Statistical return of the lunatic asylum in Assam - 1912-1932
Year: 1912
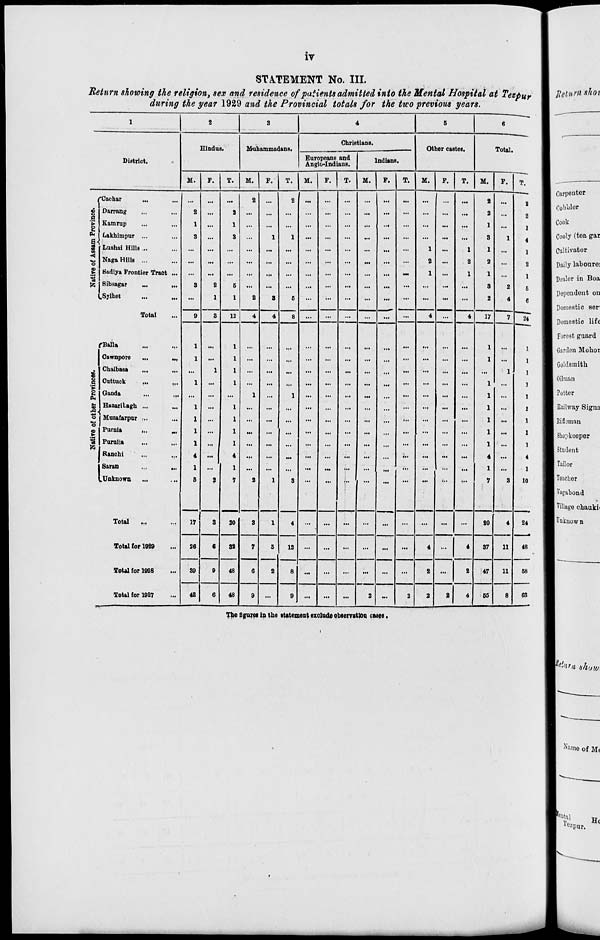
IV
STATEMENT No. III.
Return showing the religion, sex and residence of patients admitted into the Mental Hospital at Tezpur
during the year 1929 and the Provincial totals for the two previous years.
1
2
1 3
4
5
6
Hindue .
Muhammadans.
Christians.
Other castes.
Total.
District.
Europeans and
Anglo-Indiana.
Indians.
1
1
1
1
1
1
M.
F.
*J «. | I. T. M. F. T. M. F. T. M. F. T. M. F. T.
i 'Cachar
...
...
...
2
...
2
...
...
...
...
...
...
...
...
...
2
...
2
I
2
1'
Darrang
Kamrnp
Lakhimpur ...
Lushai Hills ...
2
1
3
...
2
1
3
...
1
1
...
...
...
...
...
...
1
...
1
2
1
3
1
1
2
1
4
1
<
o Naga Hills ...
...
...
...
...
...
...
...
...
...
...
...
...
%
...
2
2
...
2
1 Badiya Frontier Tract ... ... ... ... ... ... ... ... ... ... ... ... ... 1 ...
1
1
...
I
S5 Sibsagar
S
2
5
...
...
...
...
...
...
...
...
...
...
...
...
3
2
5
w Sjlhet
...
1
1
2
8
6
...
...
...
...
...
...
...
...
...
2
4
6
Total
9
3
12
4
4
8
...
...
...
...
...
...
4
...
4
17
7
24
TBalla
1
1
1
Cawnpore
...
.„
1
...
...
...
,,,
...
...
...
...
...
...
...
...
...
1
...
1
S
e
Chaibaaa
...
1
...
...
...
...
...
...
...
...
...
...
...
...
...
1
1
Cuttuck
,..
...
1
...
...
...
■••
...
...
...
...
...
...
...
...
...
1
...
1
Ganda
...
...
...
1
...
1
...
...
...
...
...
...
...
...
...
1
...
1
Hazarilagh ...
Mnzafarpar ...
1
...
...
...
...
...
...
...
...
...
...
...
1
...
1
o
1
...
...
...
...
...
...
...
...
...
...
...
...
1
...
1
Purnla
1
...
...
...
...
...
...
...
...
...
...
...
...
1
...
1
s
13
Puruiia
1
...
...
...
...
...
...
...
...
...
...
...
...
1
...
1
Ranchi
■
4
...
...
...
...
...
...
...
...
...
...
...
...
...
4
...
4
1 Saran
...
.„
1
>
...
...
...
...
.«
...
...
...
...
...
...
...
1
...
1
(.Unknown
5
2
2
1
3
...
'"
7
3
10
Total
17
3
20
3
1
4
...
...
...
...
...
...
...
...
...
20
4
24
Total for 1929
26
6
82
7
S
12
...
...
...
...
...
...
4
...
4
37
11
48
Total for 1928
39
9
48
6
2
8
...
...
...
...
...
...
2
...
2
47
11
58
Total for 192?
42
6
48
9
...
9
...
...
...
2
...
2
2
2
4
55
8
63
The figures in the statement exclude observation cases.